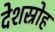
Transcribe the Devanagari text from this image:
देशस्रोह